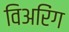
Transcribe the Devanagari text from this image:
विअरिंग